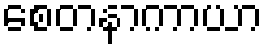
စေတနာကာယာ